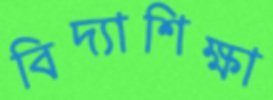
বিদ্যাশিক্ষা